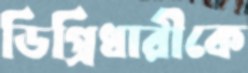
ডিগ্রিধারীকে